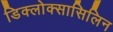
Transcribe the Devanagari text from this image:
डिक्लोक्सासिलिन